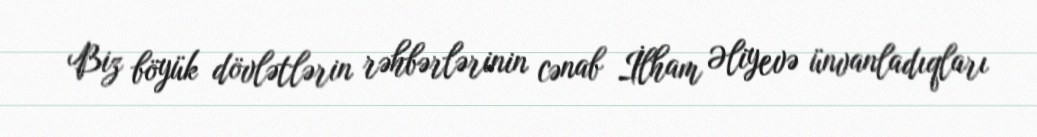
Biz böyük dövlətlərin rəhbərlərinin cənab İlham Əliyevə ünvanladıqları